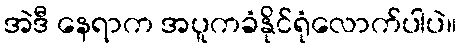
အဲဒီ နေရာက အပူကခံနိုင်ရုံလောက်ပါပဲ။